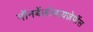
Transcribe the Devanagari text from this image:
नॉनबेंज़ोडायज़ेपींस